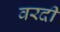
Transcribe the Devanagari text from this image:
वरदी